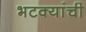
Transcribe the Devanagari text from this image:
भटक्यांची